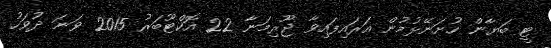
ޓީ ބަޔާން ހުށަނޭޅުމުން އަރައިފައިވާ ޖޫރިމަނާ 22 އޮކްޓޫބަރު 2015 ވަނަ ދުވަހު